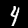
Label: 4